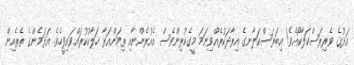
އަޅުގެ ވެރިރަސްކަލާކޯއެވެ! އިބަރަސްކަލާނގެ އިރާދަކުރެއްވިނަމަ މީގެކުރިންވެސް އެއުރެންނާއި ތިމަންއަޅާ ހަލާކުކުރައްވައިފީހެވެ. އަޅަމެންގެ ތެރެއިން